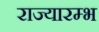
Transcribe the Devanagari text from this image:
राज्यारम्भ